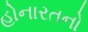
હોનારતનો